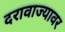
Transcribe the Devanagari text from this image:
दरावाज्यावर